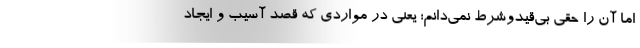
اما آن را حقی بی‌قیدوشرط نمی‌دانم؛ یعنی در مواردی که قصد آسیب و ایجاد